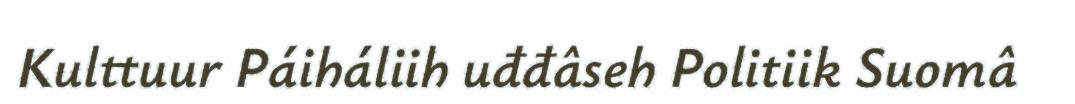
Kulttuur Páiháliih uđđâseh Politiik Suomâ